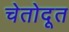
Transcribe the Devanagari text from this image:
चेतोदूत